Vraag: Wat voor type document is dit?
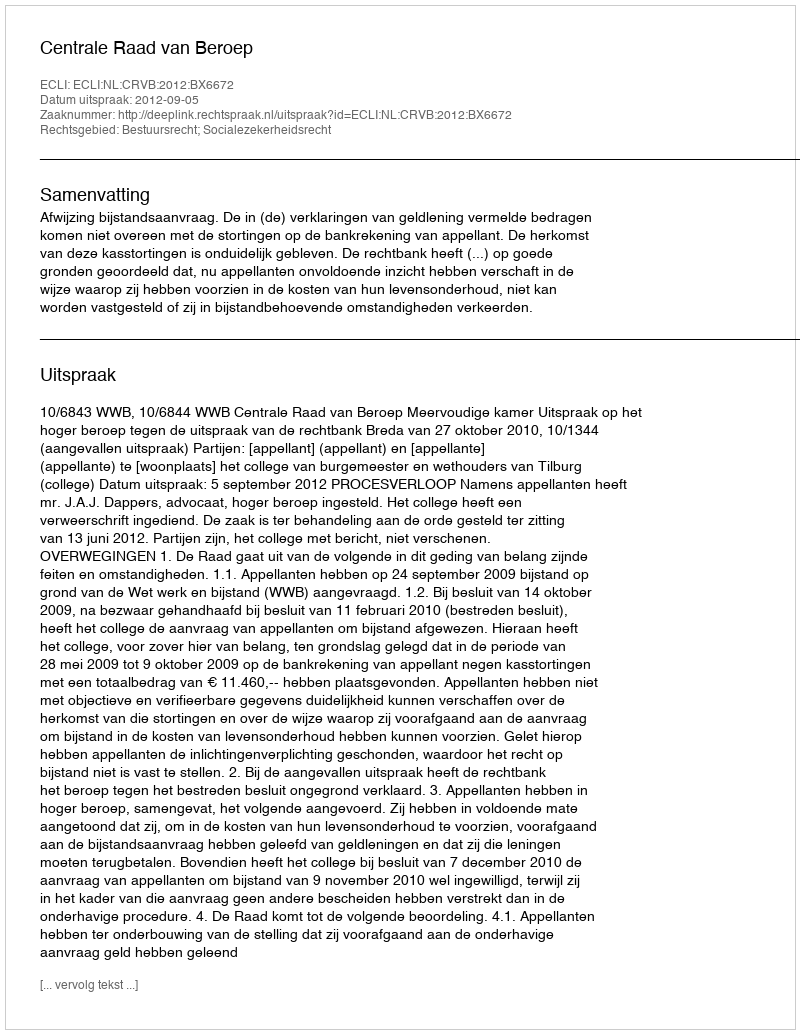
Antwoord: Uitspraak